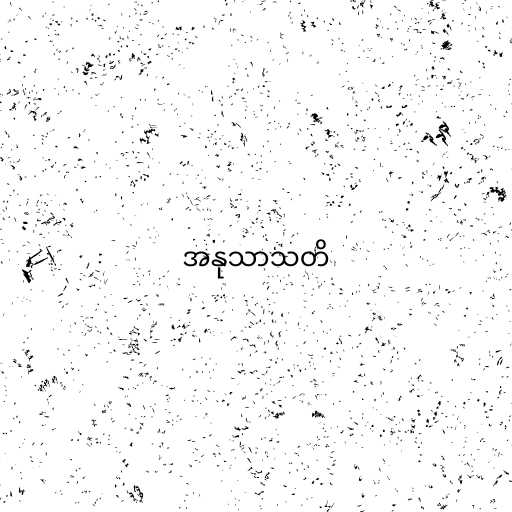
အနုသာသတိ